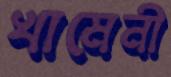
খামেনী